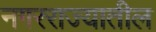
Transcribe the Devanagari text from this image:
नगरराज्यातील